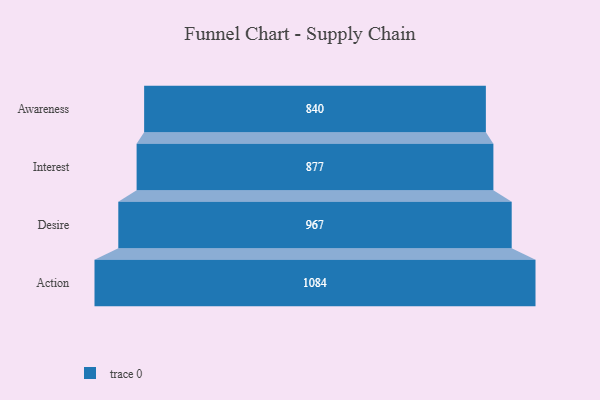
{"axis": {"x": "Stage", "y": "Value"}, "legend": [""], "data": [{"x": "Awareness", "y": 840.0, "type": ""}, {"x": "Interest", "y": 877.0, "type": ""}, {"x": "Desire", "y": 967.0, "type": ""}, {"x": "Action", "y": 1084.0, "type": ""}]}